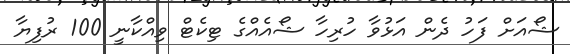
ޝޯއަށް ފަހު ދެން އަޅުވާ ހުރިހާ ޝޯއެއްގެ ޓިކެޓް ވިއްކާނީ 100 ރުފިޔާ